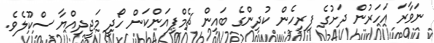
ނަވާރަ އަހަރުން ދަށުގެ ފިރިހެން ކުދިންގެ ބައިން ޗެމްޕިއަންކަން ހޯދީ މަޖީދިއްޔާ ސްކޫލެވެ.